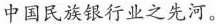
中国民族银行业之先河。